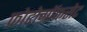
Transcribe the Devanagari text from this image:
फ़ोटोग्रॉफसेट